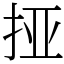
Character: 挜